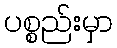
ပစ္စည်းမှာ